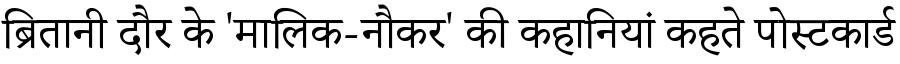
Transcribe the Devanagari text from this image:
ब्रितानी दौर के 'मालिक-नौकर' की कहानियां कहते पोस्टकार्ड